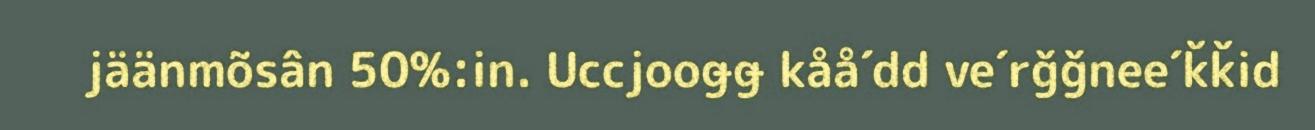
jäänmõsân 50%:in. Uccjooǥǥ kåå´dd ve´rǧǧnee´ǩǩid